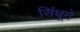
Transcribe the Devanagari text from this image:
सिंधूने